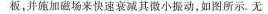
板，并施加磁场来快速衰减其微小振动，如图所示。无